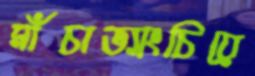
মাঁচাভ্যাংচিয়ে